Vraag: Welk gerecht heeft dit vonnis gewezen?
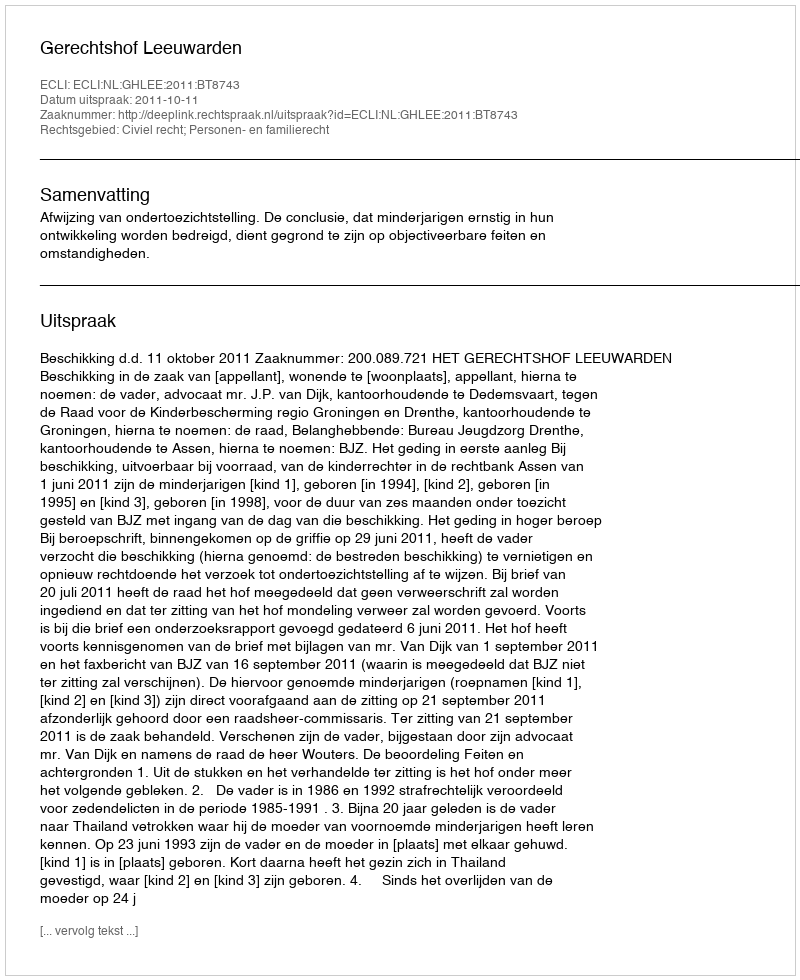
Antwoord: Gerechtshof Leeuwarden